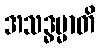
အသဒ္ဓမ္မာတိ